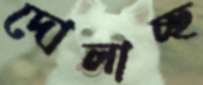
দোলাচ্ছ